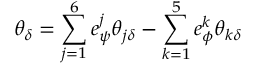
\theta _ { \delta } = \sum _ { j = 1 } ^ { 6 } e _ { \psi } ^ { j } \theta _ { j \delta } - \sum _ { k = 1 } ^ { 5 } e _ { \phi } ^ { k } \theta _ { k \delta }